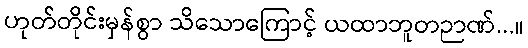
ဟုတ်တိုင်းမှန်စွာ သိသောကြောင့် ယထာဘူတဉာဏ်...။